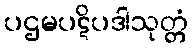
ပဌမပဋိပဒါသုတ္တံ